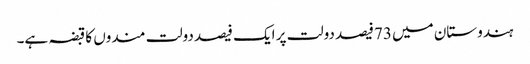
ہندوستان میں 73فیصد دولت پر ایک فیصد دولت مندوں کا قبضہ ہے۔